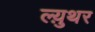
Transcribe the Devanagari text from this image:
ल्य़ुथर